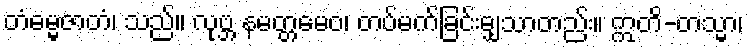
တံဓမ္မဇာတံ၊ သည်။ လုဗ္ဘ နမတ္တမေဝ၊ တပ်မက်ခြင်းမျှသာတည်း။ ဣတိ-တသ္မာ၊